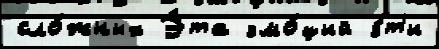
сло́жных Э́та эмо́ций э́т'и